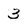
Character: 3